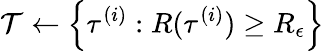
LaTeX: \mathcal{T}\leftarrow\left\{ \tau^{(i)}:R(\tau^{(i)})\geq R_{\epsilon}\right\}